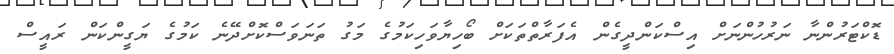
ޑޮކްޓަރުންނާ ނަރުހުންނަށް އިސްކަންދީގެން އެފަރާތްތަކަށް ބޯހިޔާވަހިކަމުގެ މަގު ތަނަވަސްކޮށްދޭނެ ކަމުގެ ޔަގީންކަން ރައީސް